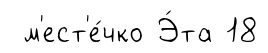
м'ест'е́чко Э́та 18